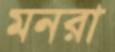
মনরা